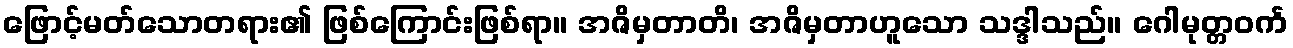
ဖြောင့်မတ်သောတရား၏ ဖြစ်ကြောင်းဖြစ်ရာ။ အဇိမှတာတိ၊ အဇိမှတာဟူသော သဒ္ဒါသည်။ ဂေါမုတ္တဝင်္က